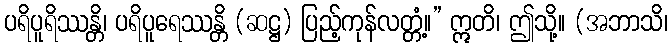
ပရိပူရိဿန္တိ၊ ပရိပူရေဿန္တိ (ဆဋ္ဌ) ပြည့်ကုန်လတ္တံ့။” ဣတိ၊ ဤသို့။ (အဘာသိ၊